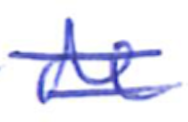
Text: de
Cross-out: double-line
Writing tool: ballpoint